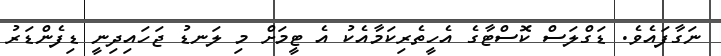
ނަގާފައެވެ. ޑަގްލަސް ކޮސްޓާގެ އެހީތެރިކަމާއެކު އެ ޓީމަށް މި ލަނޑު ޖަހައިދިނީ ޑިފެންޑަރު